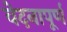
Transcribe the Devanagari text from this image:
वेदनापूर्ण